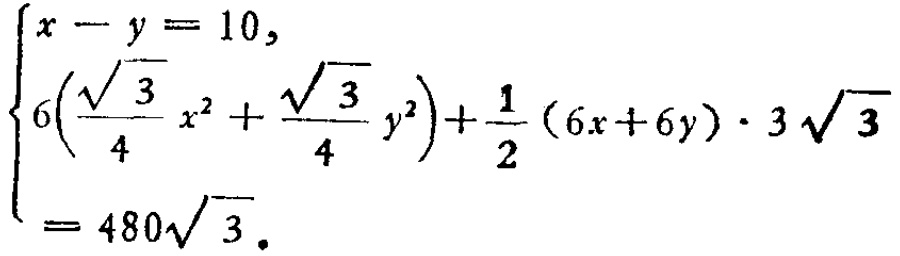
\(\begin{cases}

x - y = 10, \\

6\left(\frac{\sqrt{3}}{4}x^{2}+\frac{\sqrt{3}}{4}y^{2}\right)+\frac{1}{2}(6x + 6y)\cdot3\sqrt{3}=480\sqrt{3}.

\end{cases}\)